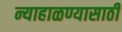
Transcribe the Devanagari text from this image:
न्याहाळण्यासाठी